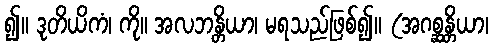
၍။ ဒုတိယိကံ၊ ကို။ အလဘန္တိယာ၊ မရသည်ဖြစ်၍။ (အဂစ္ဆန္တိယာ၊